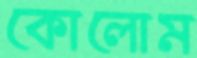
কোলোম